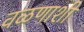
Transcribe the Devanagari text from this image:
वळणाशी